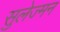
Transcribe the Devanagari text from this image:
सुलेज्मन